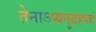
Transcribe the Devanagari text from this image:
तेनाऽप्यनुग्रहपदं